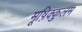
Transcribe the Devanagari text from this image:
मूष़िक्कुलम